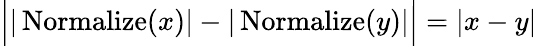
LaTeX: \Big||\operatorname{Normalize}(x)|-|\operatorname{Normalize}(y)|\Big|=|x-y|